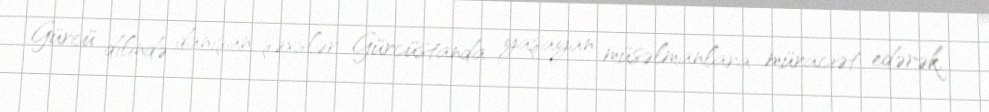
Gürcü dilində danışan şəxslər Gürcüstanda yaşayan müsəlmanlara müraciət edərək,